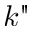
k "